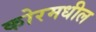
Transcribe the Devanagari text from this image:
कोरमधील